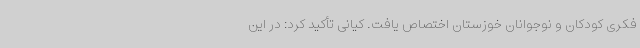
فکری کودکان و نوجوانان خوزستان اختصاص یافت. کیانی تأکید کرد: در این